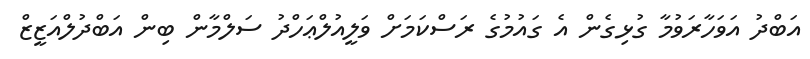
އަބްދު އަވަހާރަވުމާ ގުޅިގެން އެ ގައުމުގެ ރަސްކަމަށް ވަލީއުލްޢަހްދު ސަލްމާން ބިން އަބްދުލްއަޒީޒް